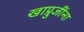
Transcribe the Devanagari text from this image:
खाप्रुजींना